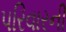
પરિવારની